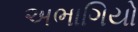
અભાગિયો